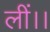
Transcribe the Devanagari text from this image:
लीं।।